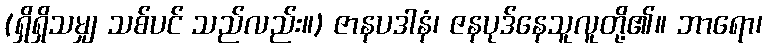
(ရှိရှိသမျှ သစ်ပင် သည်လည်း။) ဇာနပဒါနံ၊ ဇနပုဒ်နေသူလူတို့၏။ ဘာရော၊